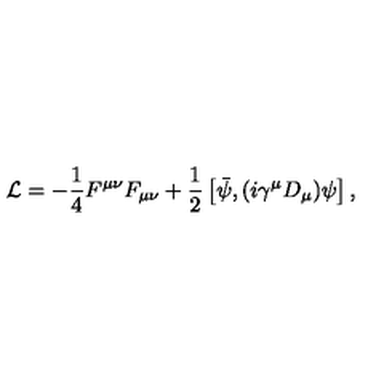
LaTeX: { \cal L } = - \frac { 1 } { 4 } F ^ { \mu \nu } F _ { \mu \nu } + \frac { 1 } { 2 } \left[ \bar { \psi } , ( i \gamma ^ { \mu } D _ { \mu } ) \psi \right] ,